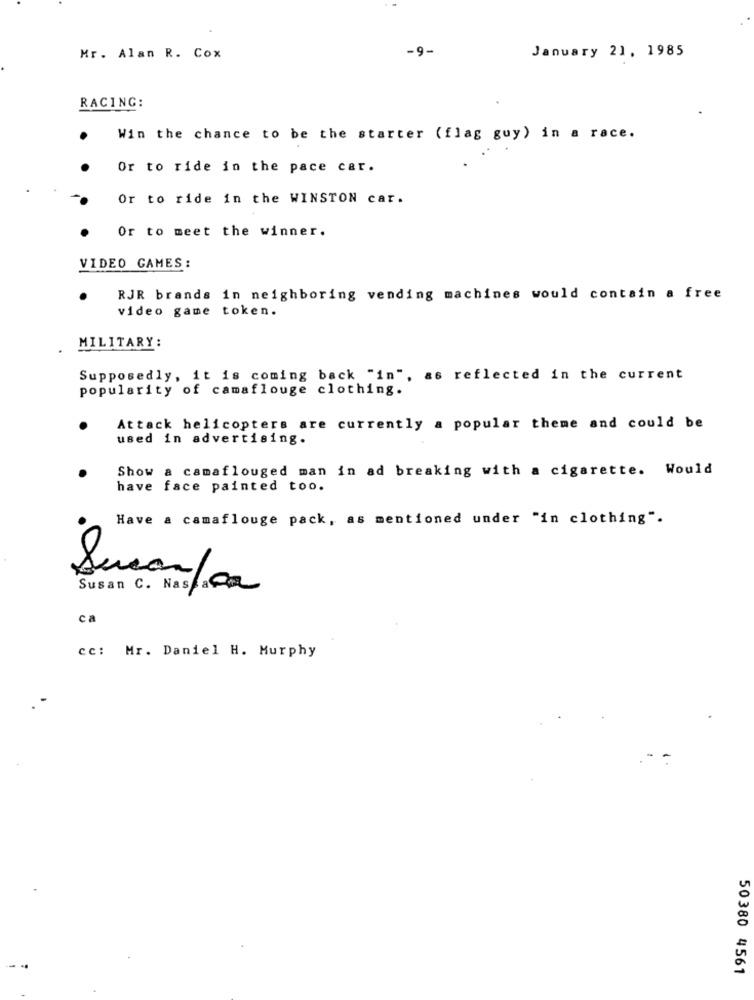
-9-
January 21, 1985
Mr. Alan R. Cox
RACING:
Win the chance to be the starter (flag guy) in a race.
Or to ride in the pace car.
Or to ride in the WINSTON car.
Or to meet the winner.
VIDEO GAMES :
RJR brands in neighboring vending machines would contain a free
video game token.
MILITARY:
Supposedly, it is coming back "in", as reflected in the current
popularity of camaflouge clothing.
Attack helicopters are currently a popular theme and could be
used in advertising.
Show a camaflouged man in ad breaking with a cigarette. Would
have face painted too.
Have a camaflouge pack, as mentioned under "in clothing".
Susan/or
ca
cc: Mr. Daniel H. Murphy
50380 4561